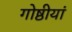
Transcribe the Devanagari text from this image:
गोष्ठीयां